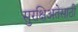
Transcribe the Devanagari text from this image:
सुरक्षिअतेसाठी